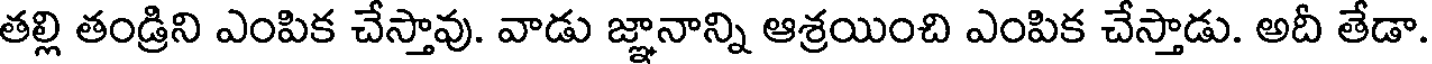
తల్లి తండ్రిని ఎంపిక చేస్తావు. వాడు జ్ఞానాన్ని ఆశ్రయించి ఎంపిక చేస్తాడు. అదీ తేడా.